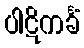
ပါဋိကင်္ခံ